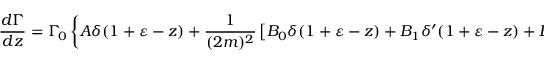
\frac { d \Gamma } { d z } = \Gamma _ { \! 0 } \left\{ { \cal A } \delta ( 1 + \varepsilon - z ) + \frac { 1 } { ( 2 m ) ^ { 2 } } \left[ { \cal B } _ { 0 } \delta ( 1 + \varepsilon - z ) + { \cal B } _ { 1 } \delta ^ { \prime } ( 1 + \varepsilon - z ) + { \cal B } _ { 2 } \delta ^ { \prime \prime } ( 1 + \varepsilon - z ) \right] \right\} .